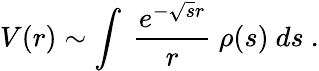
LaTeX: V(r)\sim\int~{\frac{e^{-\sqrt{s}r}}{r}}~\rho(s)~ds~.